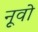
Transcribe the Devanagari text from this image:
नूवो